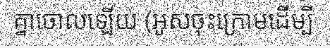
គ្នាចោលឡើយ (អូសចុះក្រោមដើម្បី